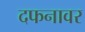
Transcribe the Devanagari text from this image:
दफनावर